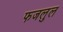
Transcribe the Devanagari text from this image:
फजलुल